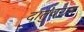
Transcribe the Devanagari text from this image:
दातुंवरान